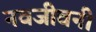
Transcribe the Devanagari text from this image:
नवजीवनी